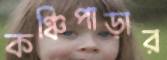
কঞ্চিপাড়ার